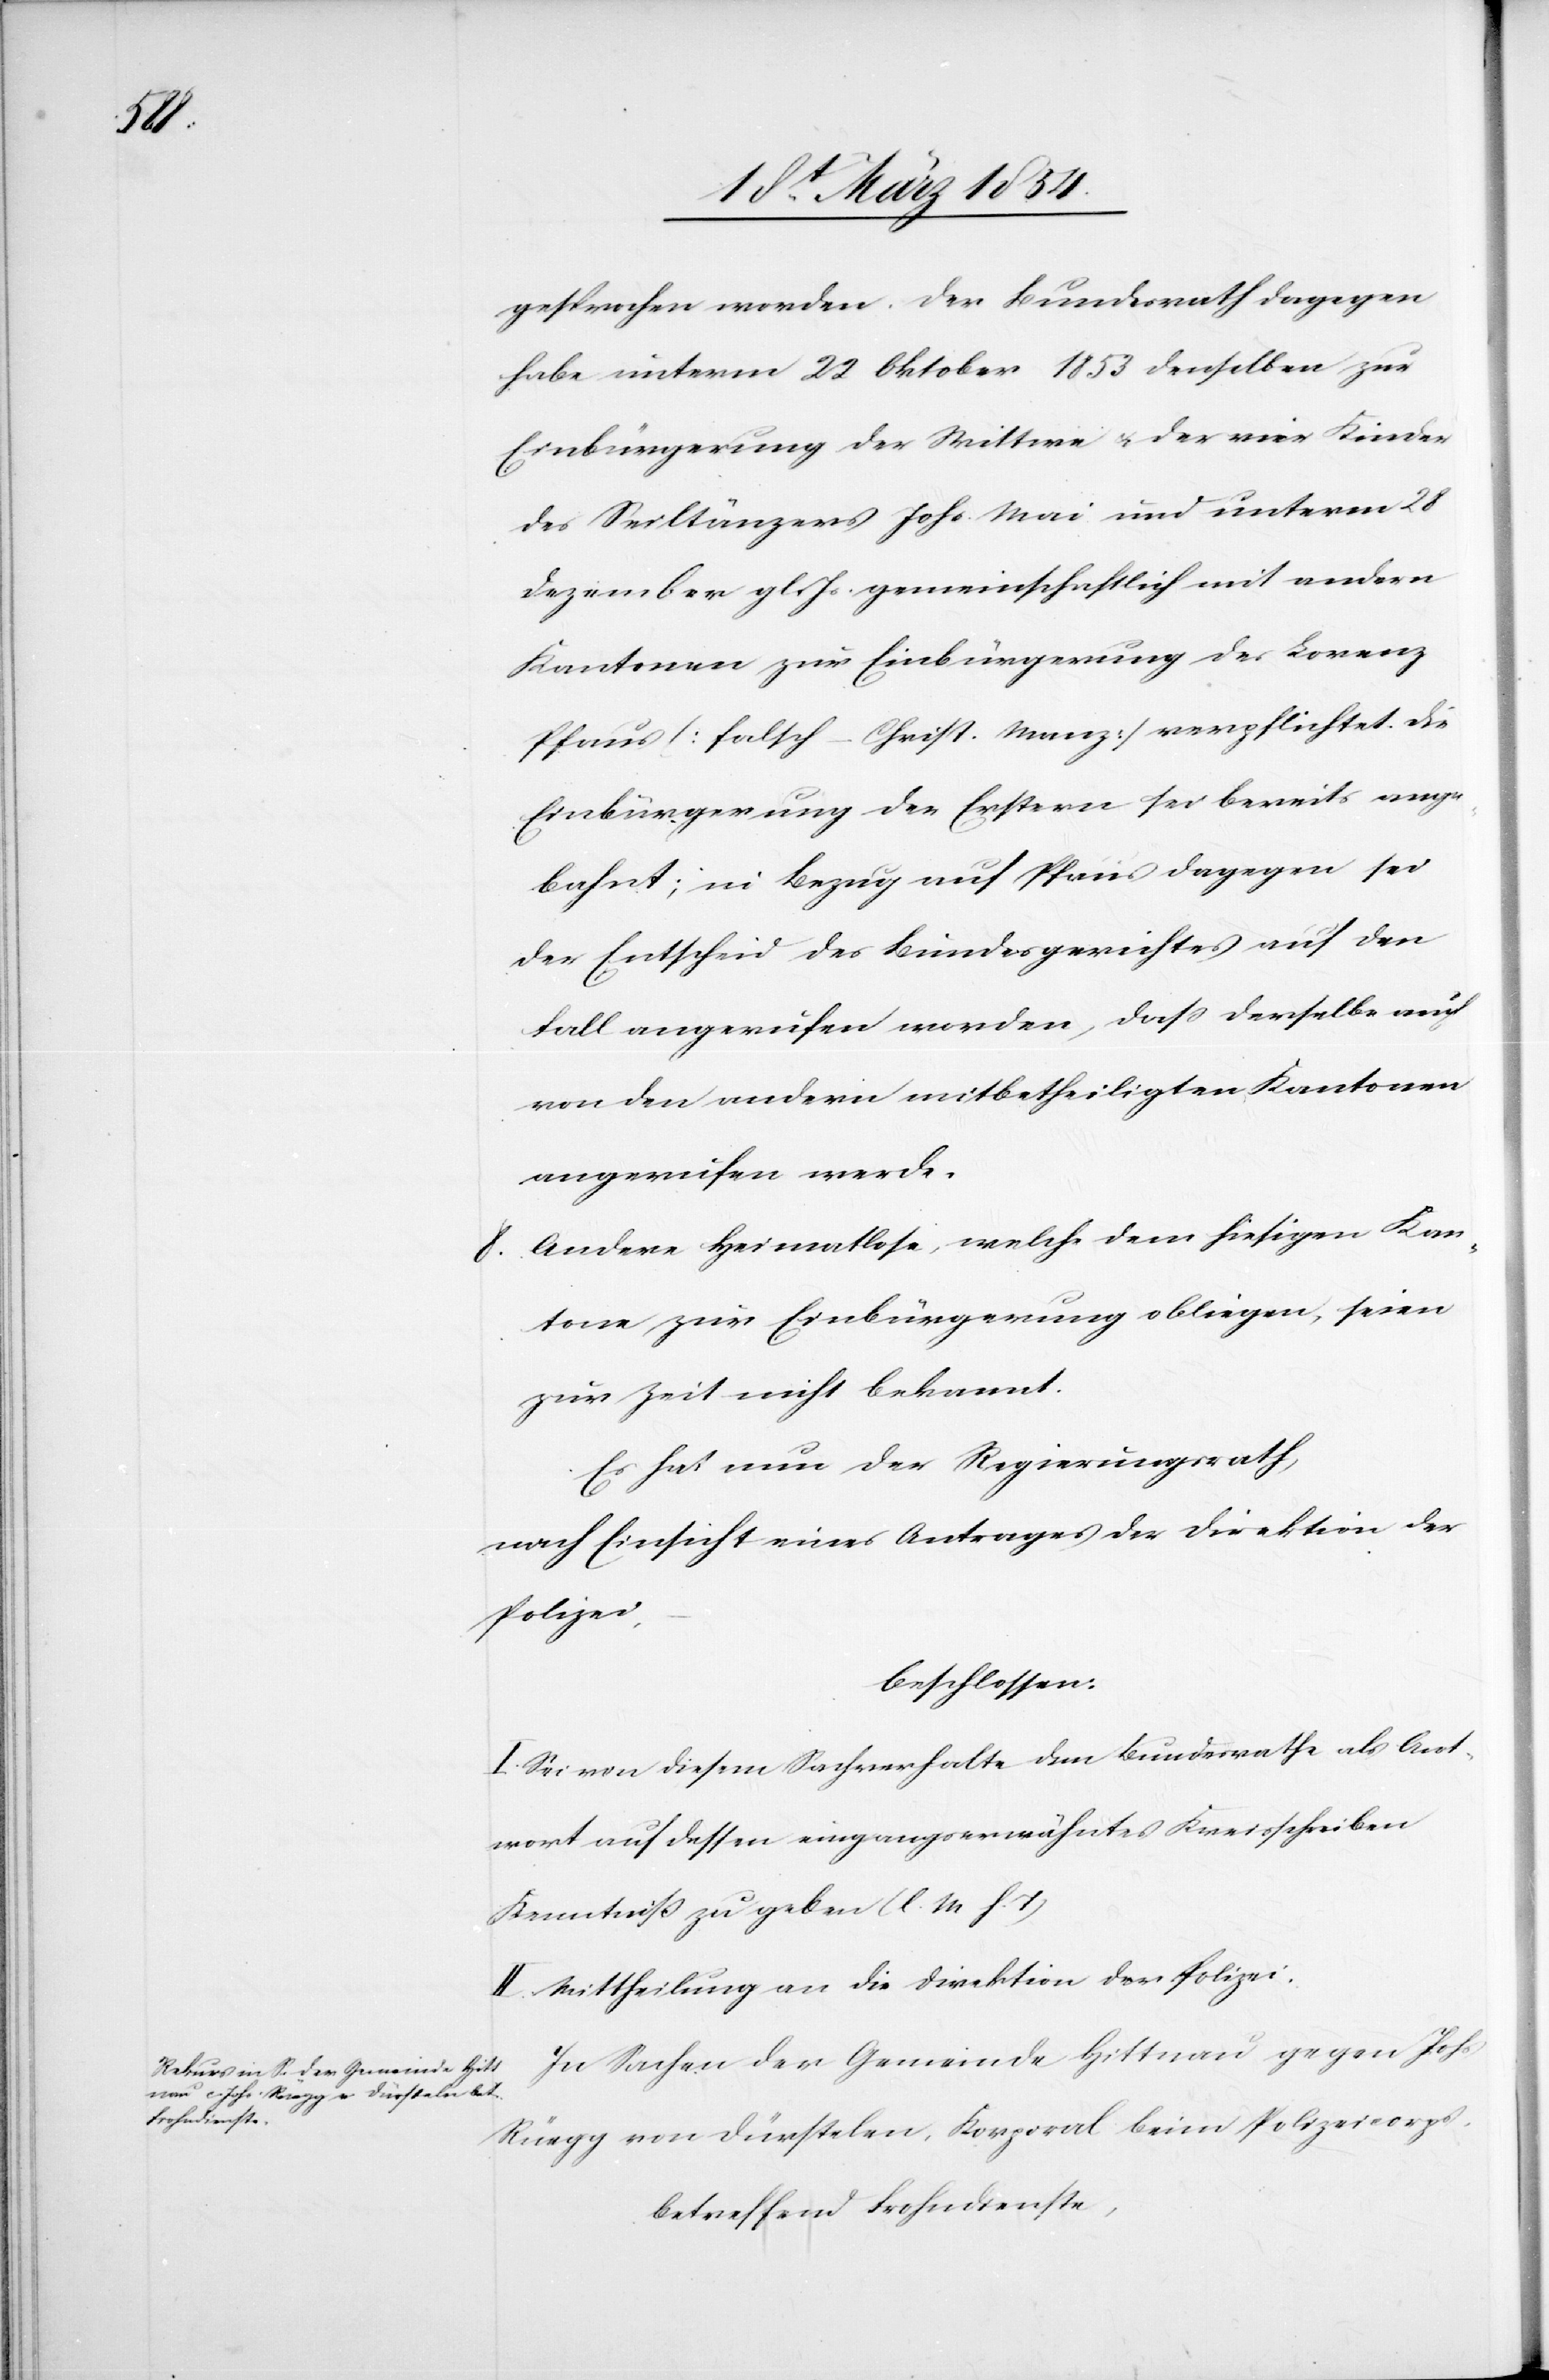
gesprochen worden. Der Bundesrath dagegen
habe unterm 22 Oktober 1853 denselben zur
Einbürgerung der Wittwe u. der vier Kinder
des Seiltänzers Johs. Mai und unterm 28
Dezember gl. Js. gemeinschaftlich mit andern
Kantonen zur Einbürgerung des Lorenz
Pflaus (falsch – Christ. Manz) verpflichtet. Die
Einbürgerung der Erstern sei bereits ange¬
bahnt; in Bezug auf Pflaus dagegen sei
der Entscheid des Bundesgerichtes auf den
Fall angerufen worden, daß derselbe auch
von den andern mitbetheiligten Kantonen
angerufen werde.
8o Andere Heimatlose, welche dem hiesigen Kan¬
tone zur Einbürgerung obliegen, seien
zur Zeit nicht bekannt.
Es hat nun der Regierungsrath,
nach Einsicht eines Antrages der Direktion der
Polizei,
beschlossen:
I. Sei von diesem Sachverhalte dem Bundesrathe als Ant¬
wort auf dessen eingangs erwähntes Kreisschreiben
Kenntniß zu geben (l. M h. T)
II. Mittheilung an die Direktion der Polizei.
In Sachen der Gemeinde Hittnau gegen Johs
Rüegg von Dürstelen, Korporal beim Polizeicorps,
betreffend Frohndienste,